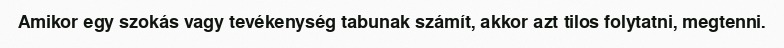
Amikor egy szokás vagy tevékenység tabunak számít, akkor azt tilos folytatni, megtenni.